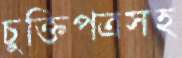
চুক্তিপত্রসহ